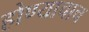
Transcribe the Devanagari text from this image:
होण्याचाच